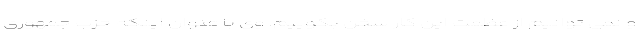
و نمی توانیم از عظمت این کار سخن بگوییم. وی با عنوان اینکه حزب جمهوری